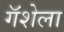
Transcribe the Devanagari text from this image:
गॅशेला